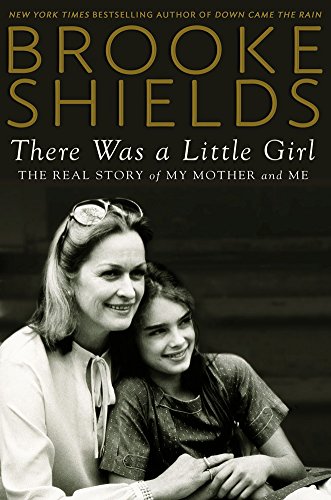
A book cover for There Was a Little Girl: The Real Story of My Mother and Me; Brooke Shields; Parenting & Relationships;